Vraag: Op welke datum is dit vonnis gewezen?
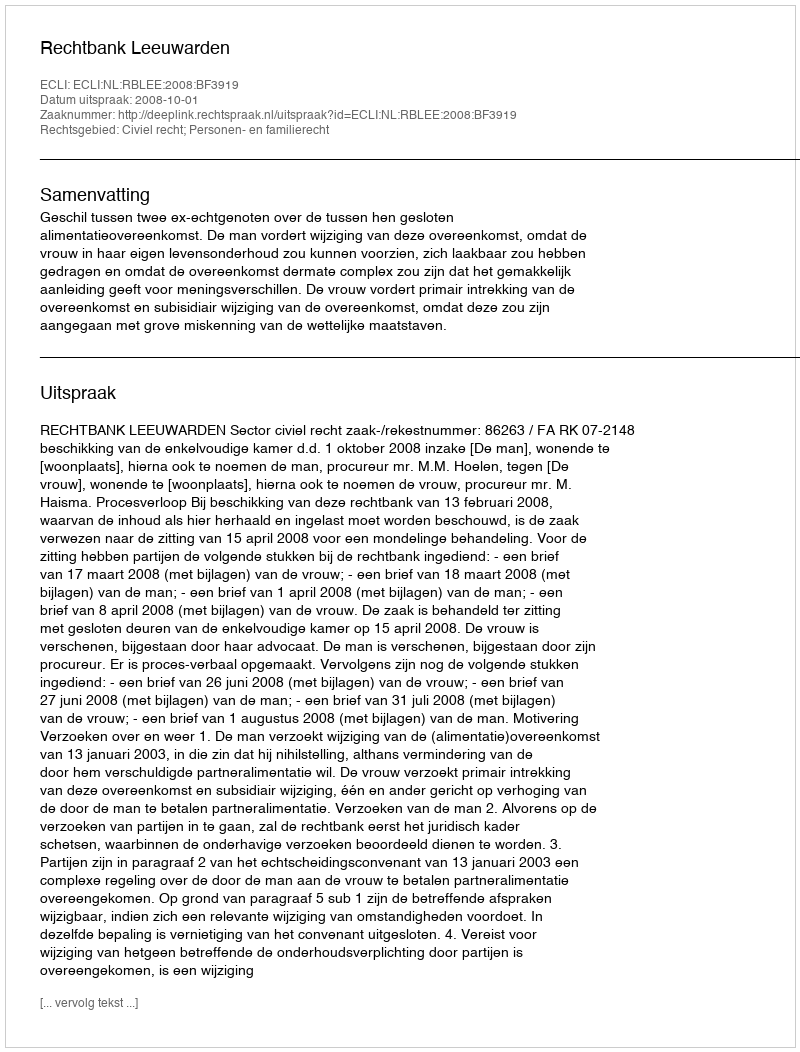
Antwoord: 2008-10-01